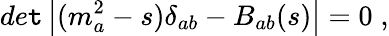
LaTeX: de\mathtt{t}\left|(m_{a}^{2}-s)\delta_{ab}-B_{ab}(s)\right|=0\; ,